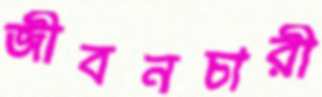
জীবনচারী